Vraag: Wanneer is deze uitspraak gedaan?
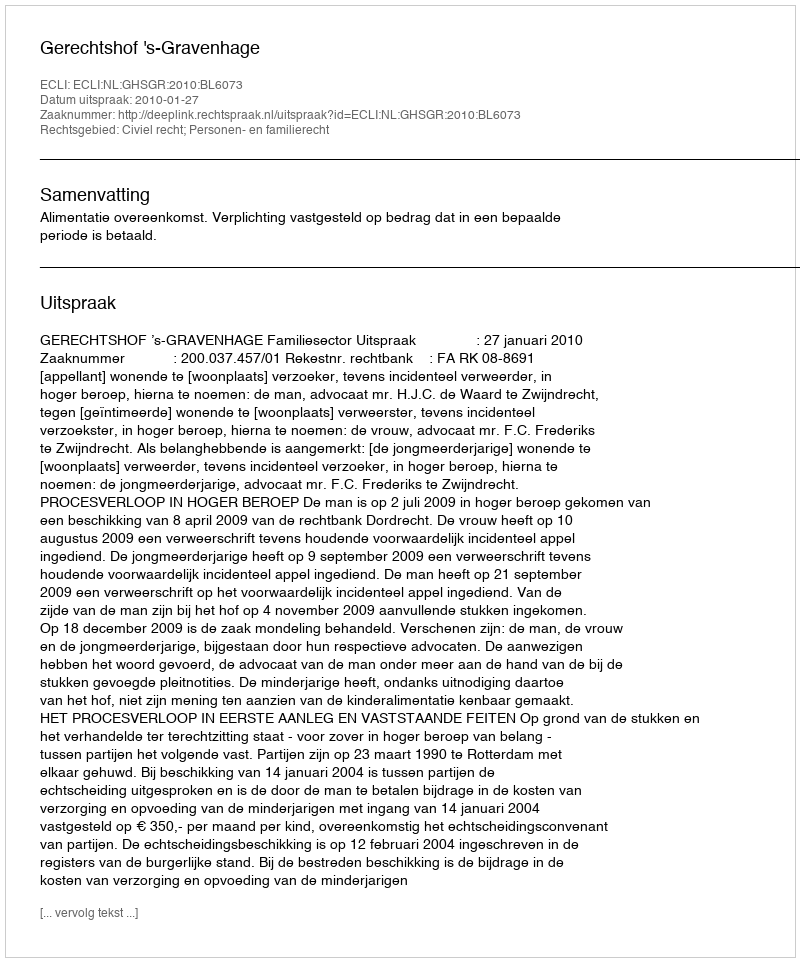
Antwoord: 2010-01-27